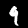
Digit: 9